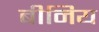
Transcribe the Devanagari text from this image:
बीनिय